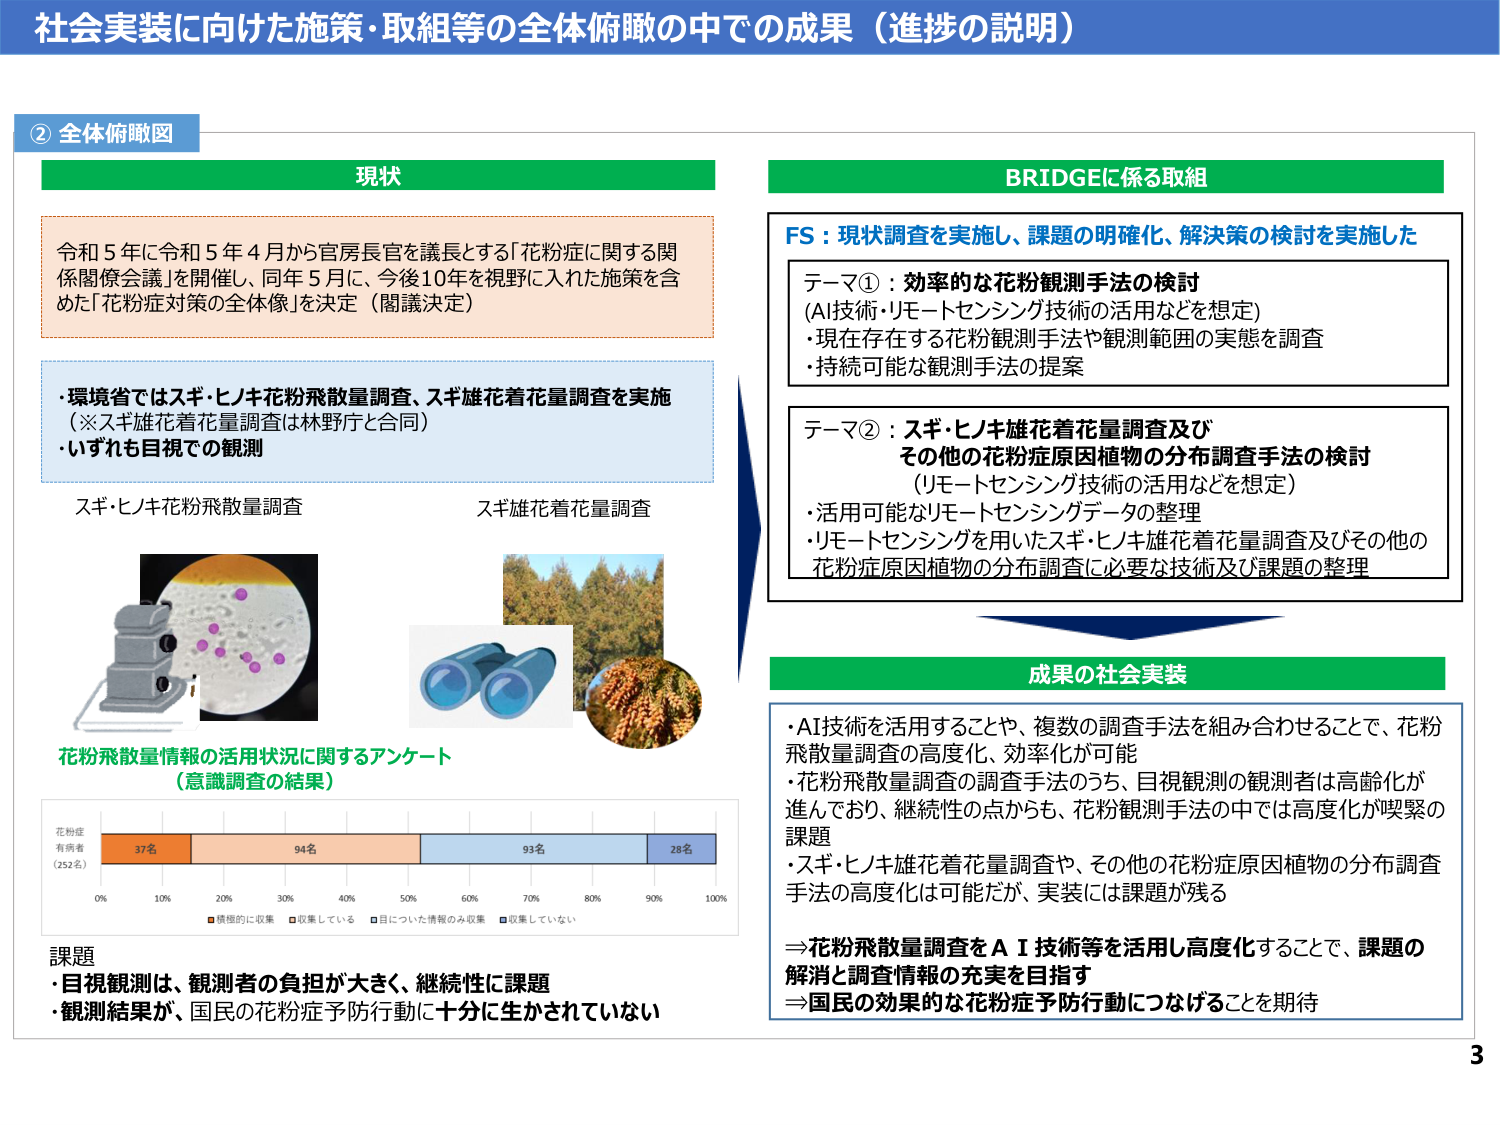
社会実装に向けた施策・取組等の全体俯瞰の中での成果（進捗の説明）

② 全体俯瞰図

現状

令和５年に令和５年４月から官房長官を議長とする「花粉症に関する関係閣僚会議」を開催し、同年５月に、今後10年を視野に入れた施策を含めた「花粉症対策の全体像」を決定（閣議決定）

・環境省ではスギ・ヒノキ花粉飛散量調査、スギ雄花着花量調査を実施（※スギ雄花着花量調査は林野庁と合同）
・いずれも目視での観測

スギ・ヒノキ花粉飛散量調査
スギ雄花着花量調査

花粉飛散量情報の活用状況に関するアンケート
（意識調査の結果）

花粉症
有病者
（252名）
37名　94名　93名　28名
0%　10%　20%　30%　40%　50%　60%　70%　80%　90%　100%
積極的に収集　収集している　目についた情報のみ収集　収集していない

課題
・目視観測は、観測者の負担が大きく、継続性に課題
・観測結果が、国民の花粉症予防行動に十分に生かされていない

BRIDGEに係る取組

FS：現状調査を実施し、課題の明確化、解決策の検討を実施した

テーマ①：効率的な花粉観測手法の検討
（AI技術・リモートセンシング技術の活用などを想定）
・現在存在する花粉観測手法や観測範囲の実態を調査
・持続可能な観測手法の提案

テーマ②：スギ・ヒノキ雄花着花量調査及び
その他の花粉症原因植物の分布調査手法の検討
（リモートセンシング技術の活用などを想定）
・活用可能なリモートセンシングデータの整理
・リモートセンシングを用いたスギ・ヒノキ雄花着花量調査及びその他の
花粉症原因植物の分布調査に必要な技術及び課題の整理

成果の社会実装

・AI技術を活用することや、複数の調査手法を組み合わせることで、花粉飛散量調査の高度化、効率化が可能
・花粉飛散量調査の調査手法のうち、目視観測の観測者は高齢化が進んでおり、継続性の点からも、花粉観測手法の中では高度化が喫緊の課題
・スギ・ヒノキ雄花着花量調査や、その他の花粉症原因植物の分布調査手法の高度化は可能だが、実装には課題が残る

⇒花粉飛散量調査をAI技術等を活用し高度化することで、課題の解消と調査情報の充実を目指す
⇒国民の効果的な花粉症予防行動につなげることを期待

3